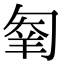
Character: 𠣮